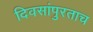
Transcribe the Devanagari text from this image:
दिवसांपुरताच